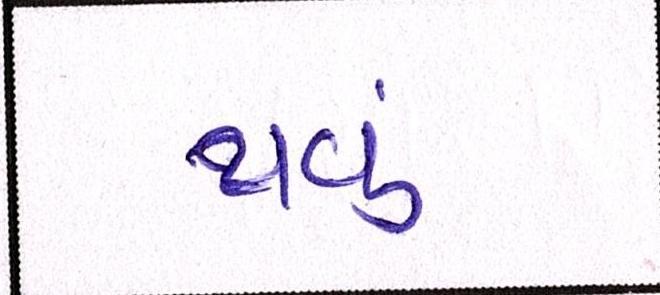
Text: થવૂં